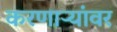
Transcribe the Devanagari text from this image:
करणाऱ्यांवर